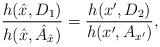
LaTeX: \begin{align*}\frac{h(\hat{x},D_1)}{h(\hat{x},\hat{A}_{\hat{x}})} =\frac{h(x',D_2)}{h(x',A_{x'})},\end{align*}